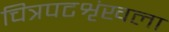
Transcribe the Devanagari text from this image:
चित्रपटशृंखला